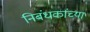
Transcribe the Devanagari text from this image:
निबंधकांच्या